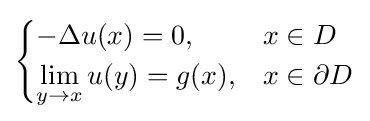
{\begin{cases}-\Delta u(x)=0,&x\in D\\\displaystyle {\lim _{y\to x}u(y)}=g(x),&x\in \partial D\end{cases}}